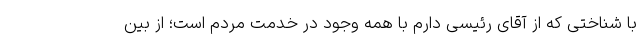
با شناختی که از آقای رئیسی دارم با همه وجود در خدمت مردم است؛ از بین